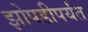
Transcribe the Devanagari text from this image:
झोपडीपर्यंत